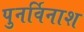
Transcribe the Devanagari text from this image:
पुनर्विनाश